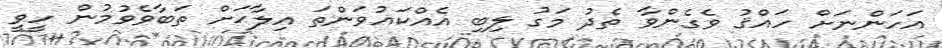
އަހަންނަށް ހައްޤު ވެގެންވާ ތެދު މަގު ލިބި އެއްކައުވަންތަ އިލާޙަށް ތަބާވެވުމުން ހީވީ